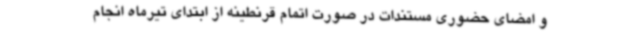
و امضای حضوری مستندات در صورت اتمام قرنطینه از ابتدای تیرماه انجام